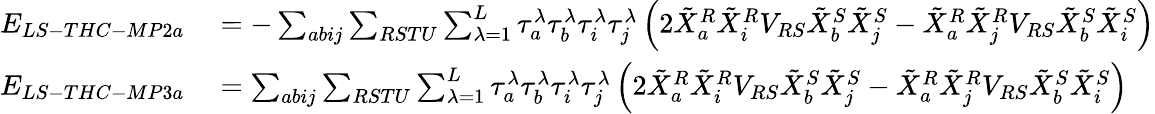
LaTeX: \begin{array}{rl}{E_{LS-THC-MP2a}}&{{}=-\sum_{abij}\sum_{RSTU}\sum_{\lambda=1}^{L}\tau_{a}^{\lambda}\tau_{b}^{\lambda}\tau_{i}^{\lambda}\tau_{j}^{\lambda}\left(2\tilde{X}_{a}^{R}\tilde{X}_{i}^{R}V_{RS}\tilde{X}_{b}^{S}\tilde{X}_{j}^{S}-\tilde{X}_{a}^{R}\tilde{X}_{j}^{R}V_{RS}\tilde{X}_{b}^{S}\tilde{X}_{i}^{S}\right)}\\ {E_{LS-THC-MP3a}}&{{}=\sum_{abij}\sum_{RSTU}\sum_{\lambda=1}^{L}\tau_{a}^{\lambda}\tau_{b}^{\lambda}\tau_{i}^{\lambda}\tau_{j}^{\lambda}\left(2\tilde{X}_{a}^{R}\tilde{X}_{i}^{R}V_{RS}\tilde{X}_{b}^{S}\tilde{X}_{j}^{S}-\tilde{X}_{a}^{R}\tilde{X}_{j}^{R}V_{RS}\tilde{X}_{b}^{S}\tilde{X}_{i}^{S}\right)}\end{array}